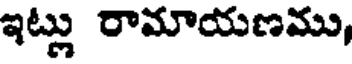
ఇట్లు రామాయణము,